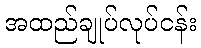
အထည်ချုပ်လုပ်ငန်း